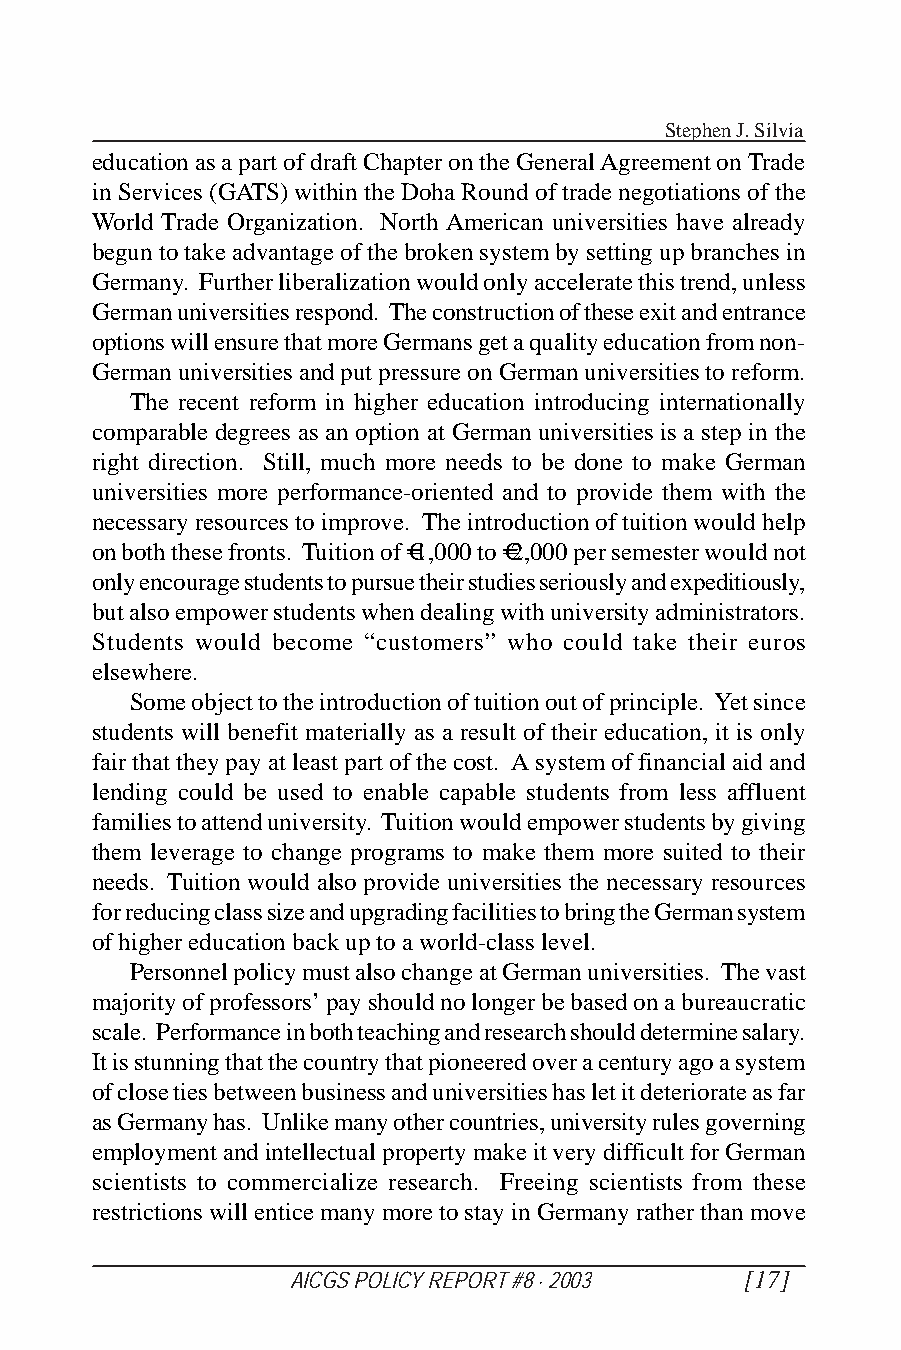
Stephen J. Silvia
 education as a part of draft Chapter on the General Agreement on Trade
 in Services (GATS) within the Doha Round of trade negotiations of the
 World Trade Organization. North American universities have already
 begun to take advantage of the broken system by setting up branches in
 Germany. Further liberalization would only accelerate this trend, unless
 German universities respond. The construction of these exit and entrance
 options will ensure that more Germans get a quality education from non-
 German universities and put pressure on German universities to reform.
 The recent reform in higher education introducing internationally
 comparable degrees as an option at German universities is a step in the
 right direction. Still, much more needs to be done to make German
 universities more performance-oriented and to provide them with the
 necessary resources to improve. The introduction of tuition would help
 on both these fronts. Tuition of €1,000 to €2,000 per semester would not
 only encourage students to pursue their studies seriously and expeditiously,
 but also empower students when dealing with university administrators.
 Students would become “customers” who could take their euros
 elsewhere.
 Some object to the introduction of tuition out of principle. Yet since
 students will benefit materially as a result of their education, it is only
 fair that they pay at least part of the cost. A system of financial aid and
 lending could be used to enable capable students from less affluent
 families to attend university. Tuition would empower students by giving
 them leverage to change programs to make them more suited to their
 needs. Tuition would also provide universities the necessary resources
 for reducing class size and upgrading facilities to bring the German system
 of higher education back up to a world-class level.
 Personnel policy must also change at German universities. The vast
 majority of professors’ pay should no longer be based on a bureaucratic
 scale. Performance in both teaching and research should determine salary.
 It is stunning that the country that pioneered over a century ago a system
 of close ties between business and universities has let it deteriorate as far
 as Germany has. Unlike many other countries, university rules governing
 employment and intellectual property make it very difficult for German
 scientists to commercialize research. Freeing scientists from these
 restrictions will entice many more to stay in Germany rather than move
 AICGS POLICY REPORT #8 · 2003 [17]